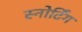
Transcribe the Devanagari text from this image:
स्नोर्टिंग